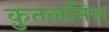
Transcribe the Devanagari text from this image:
क़ुतलमिश